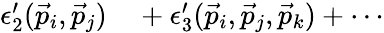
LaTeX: \begin{array}{rl}{\epsilon_{2}^{\prime}(\vec{p}_{i},\vec{p}_{j})}&{{}+\epsilon_{3}^{\prime}(\vec{p}_{i},\vec{p}_{j},\vec{p}_{k})+\cdots}\end{array}